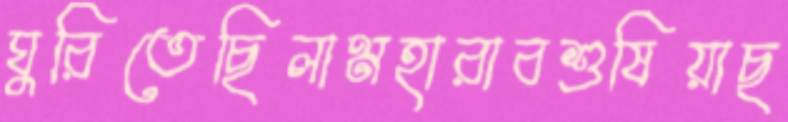
ঘুরিতেছিলামহারাবশুষিয়াছ